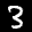
Label: 3